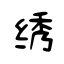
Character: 绣